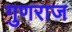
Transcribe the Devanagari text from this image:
गुणराज